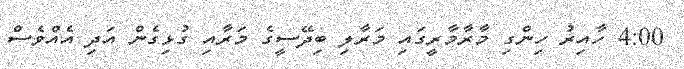
4:00 ހާއިރު ހިންގި މާރާމާރީގައި މަރާލި ބިދޭސީގެ މަރާއި ގުޅިގެން އަދި އެއްވެސް